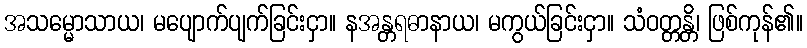
အသမ္မောသာယ၊ မပျောက်ပျက်ခြင်းငှာ။ နအန္တရဓာနာယ၊ မကွယ်ခြင်းငှာ။ သံဝတ္တန္တိ၊ ဖြစ်ကုန်၏။